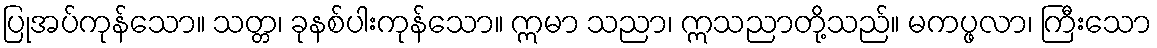
ပြုအပ်ကုန်သော။ သတ္တ၊ ခုနစ်ပါးကုန်သော။ ဣမာ သညာ၊ ဣသညာတို့သည်။ မကပ္ဖလာ၊ ကြီးသော